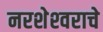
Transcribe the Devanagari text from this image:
नरशेश्‍वराचे